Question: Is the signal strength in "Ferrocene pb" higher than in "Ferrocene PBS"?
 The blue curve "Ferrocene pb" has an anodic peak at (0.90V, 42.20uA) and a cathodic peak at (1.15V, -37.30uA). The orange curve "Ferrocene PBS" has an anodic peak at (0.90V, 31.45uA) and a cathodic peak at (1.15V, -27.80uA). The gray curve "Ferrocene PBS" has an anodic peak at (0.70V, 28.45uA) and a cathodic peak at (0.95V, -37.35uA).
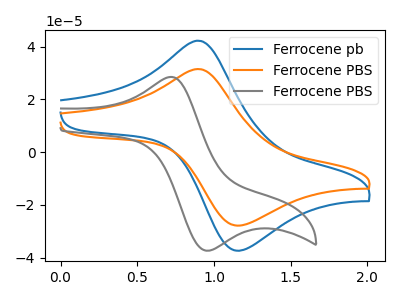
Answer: <think>All the peaks in "Ferrocene pb" have a peak in "Ferrocene PBS" at the same potential. Every peak in "Ferrocene pb" is higher than every peak in "Ferrocene PBS".
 </think>
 <answer>"Ferrocene pb" has more signal than "Ferrocene PBS".</answer>
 <eval>more_signal</eval>